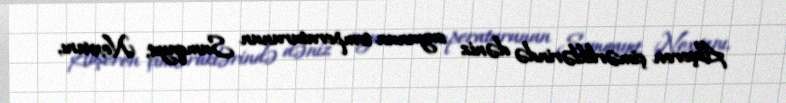
Abşeron çimərliklərində dəniz suyunun temperaturunun Sumqayıt, Noxvanı,